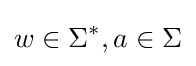
w\in \Sigma ^{*},a\in \Sigma